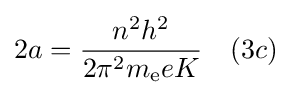
2a={\frac {n^{2}h^{2}}{2\pi ^{2}m_{\text{e}}eK}}\ \ \ (3c)